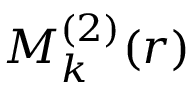
M _ { k } ^ { ( 2 ) } ( r )